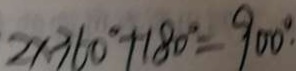
2 \times 3 6 0 ^ { \circ } + 1 8 0 ^ { \circ } = 9 0 0 ^ { \circ }